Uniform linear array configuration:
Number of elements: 24
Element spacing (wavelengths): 1
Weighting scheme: hann
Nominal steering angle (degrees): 30
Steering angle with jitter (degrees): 30.825
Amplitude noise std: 0.05
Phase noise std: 0.05

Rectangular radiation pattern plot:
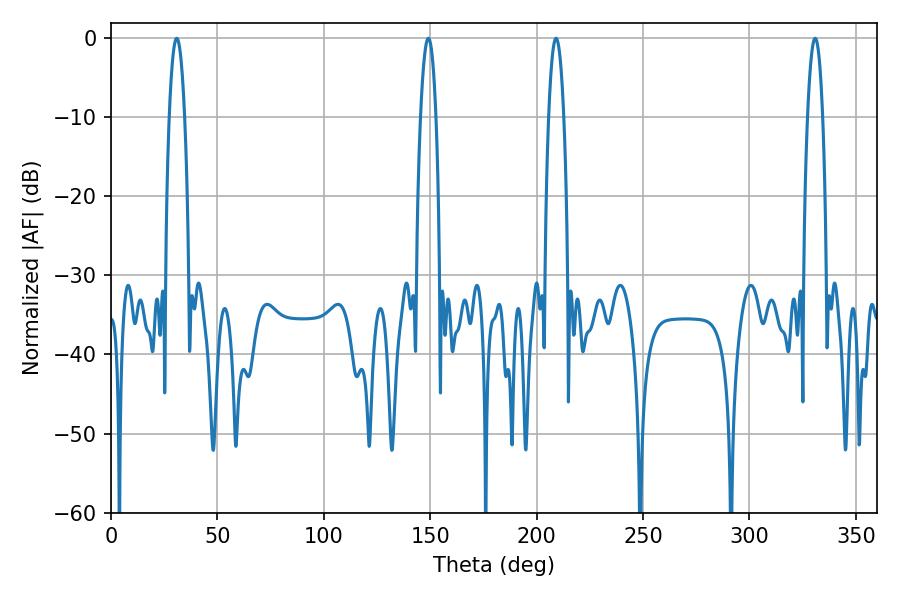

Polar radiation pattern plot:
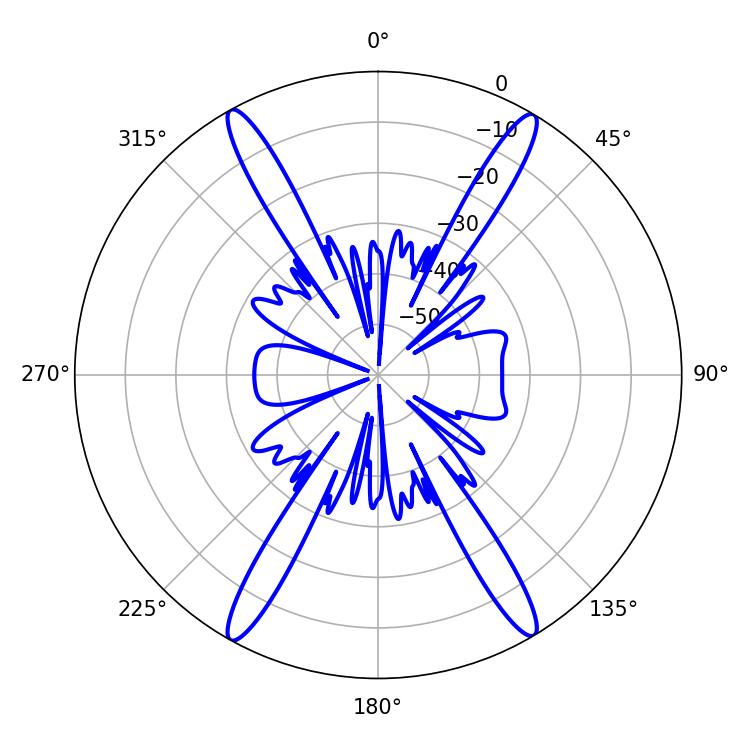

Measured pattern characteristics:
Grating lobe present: TRUE
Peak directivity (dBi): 25.753
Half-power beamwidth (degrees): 3.96
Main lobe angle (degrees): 330.84